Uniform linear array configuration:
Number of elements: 64
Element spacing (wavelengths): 0.5
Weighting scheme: cosine
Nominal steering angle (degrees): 30
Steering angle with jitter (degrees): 30.855
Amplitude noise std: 0.05
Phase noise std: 0.05

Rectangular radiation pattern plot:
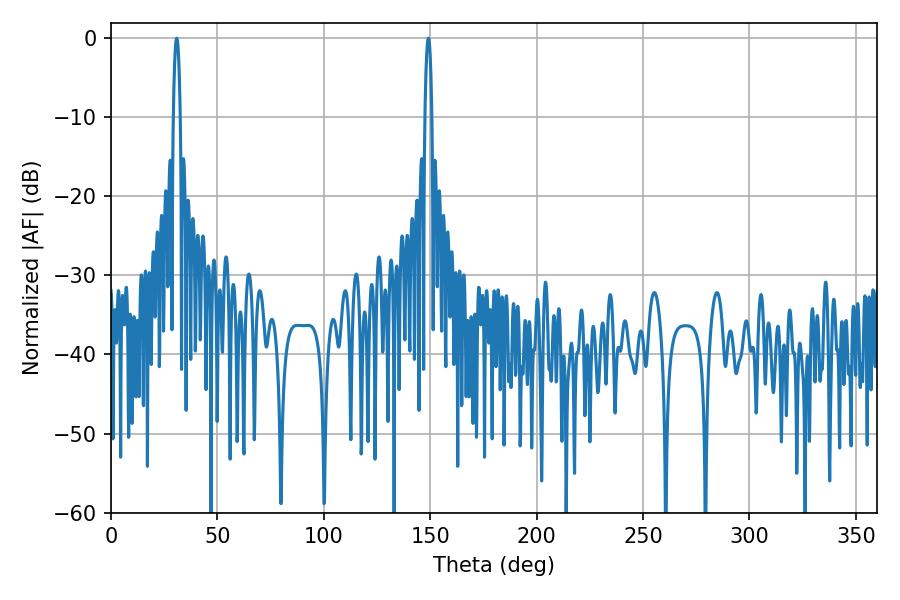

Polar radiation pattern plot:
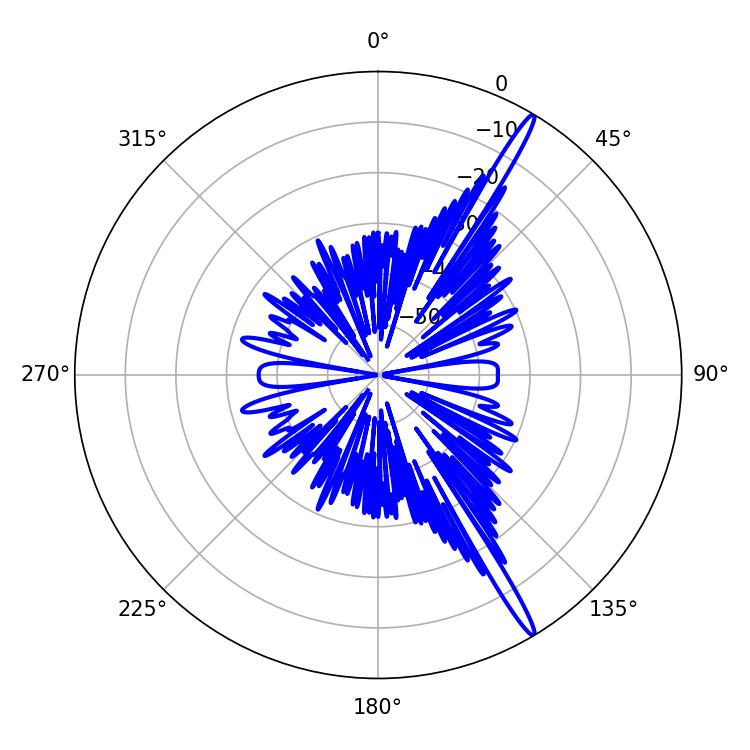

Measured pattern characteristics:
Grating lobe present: FALSE
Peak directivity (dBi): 17.226
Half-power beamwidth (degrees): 1.62
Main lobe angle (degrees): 149.04